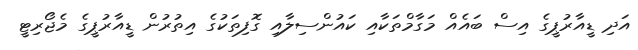
އަދި ޑީއާރުޕީގެ އިސް ބައެއް މަގާމްތަކާއި ކައުންސިލާއި ގޮފިތަކުގެ އިތުރުން ޑީއާރުޕީގެ މެޖޯރިޓީ